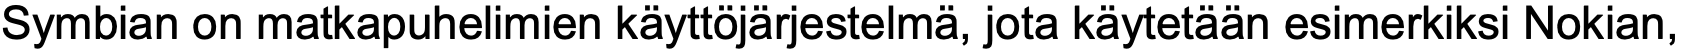
Symbian on matkapuhelimien käyttöjärjestelmä, jota käytetään esimerkiksi Nokian,